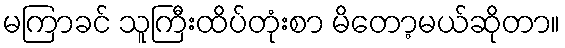
မကြာခင် သူကြီးထိပ်တုံးစာ မိတော့မယ်ဆိုတာ။